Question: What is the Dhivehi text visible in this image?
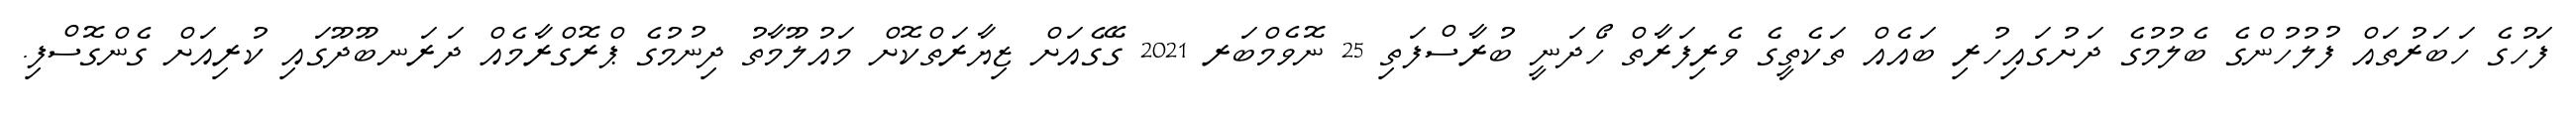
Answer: ފަހުގެ ހަބަރުތައް ފުލުހުންގެ ބެލުމުގެ ދަށުގައިހުރި ބައެއް ތަކެތީގެ ވެރިފަރާތް ހޯދަނީ ބުރާސްފަތި 25 ނޮވެމްބަރ 2021 ގޭގެއަށް ޒިޔާރަތްކޮށް މައުލޫމާތު ދިނުމުގެ ޕްރޮގްރާމެއް ދަރަނބޫދޫގައި ކުރިއަށް ގެންގޮސްފި.